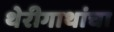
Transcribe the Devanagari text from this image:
थेरीगाथांचा